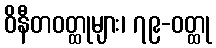
ဝိနီတဝတ္ထုများ၊ ၇၉-ဝတ္ထု